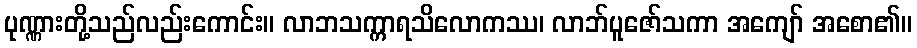
ပုဏ္ဏားတို့သည်လည်းကောင်း။ လာဘသက္ကာရသိလောကဿ၊ လာဘ်ပူဇော်သကာ အကျော် အစော၏။